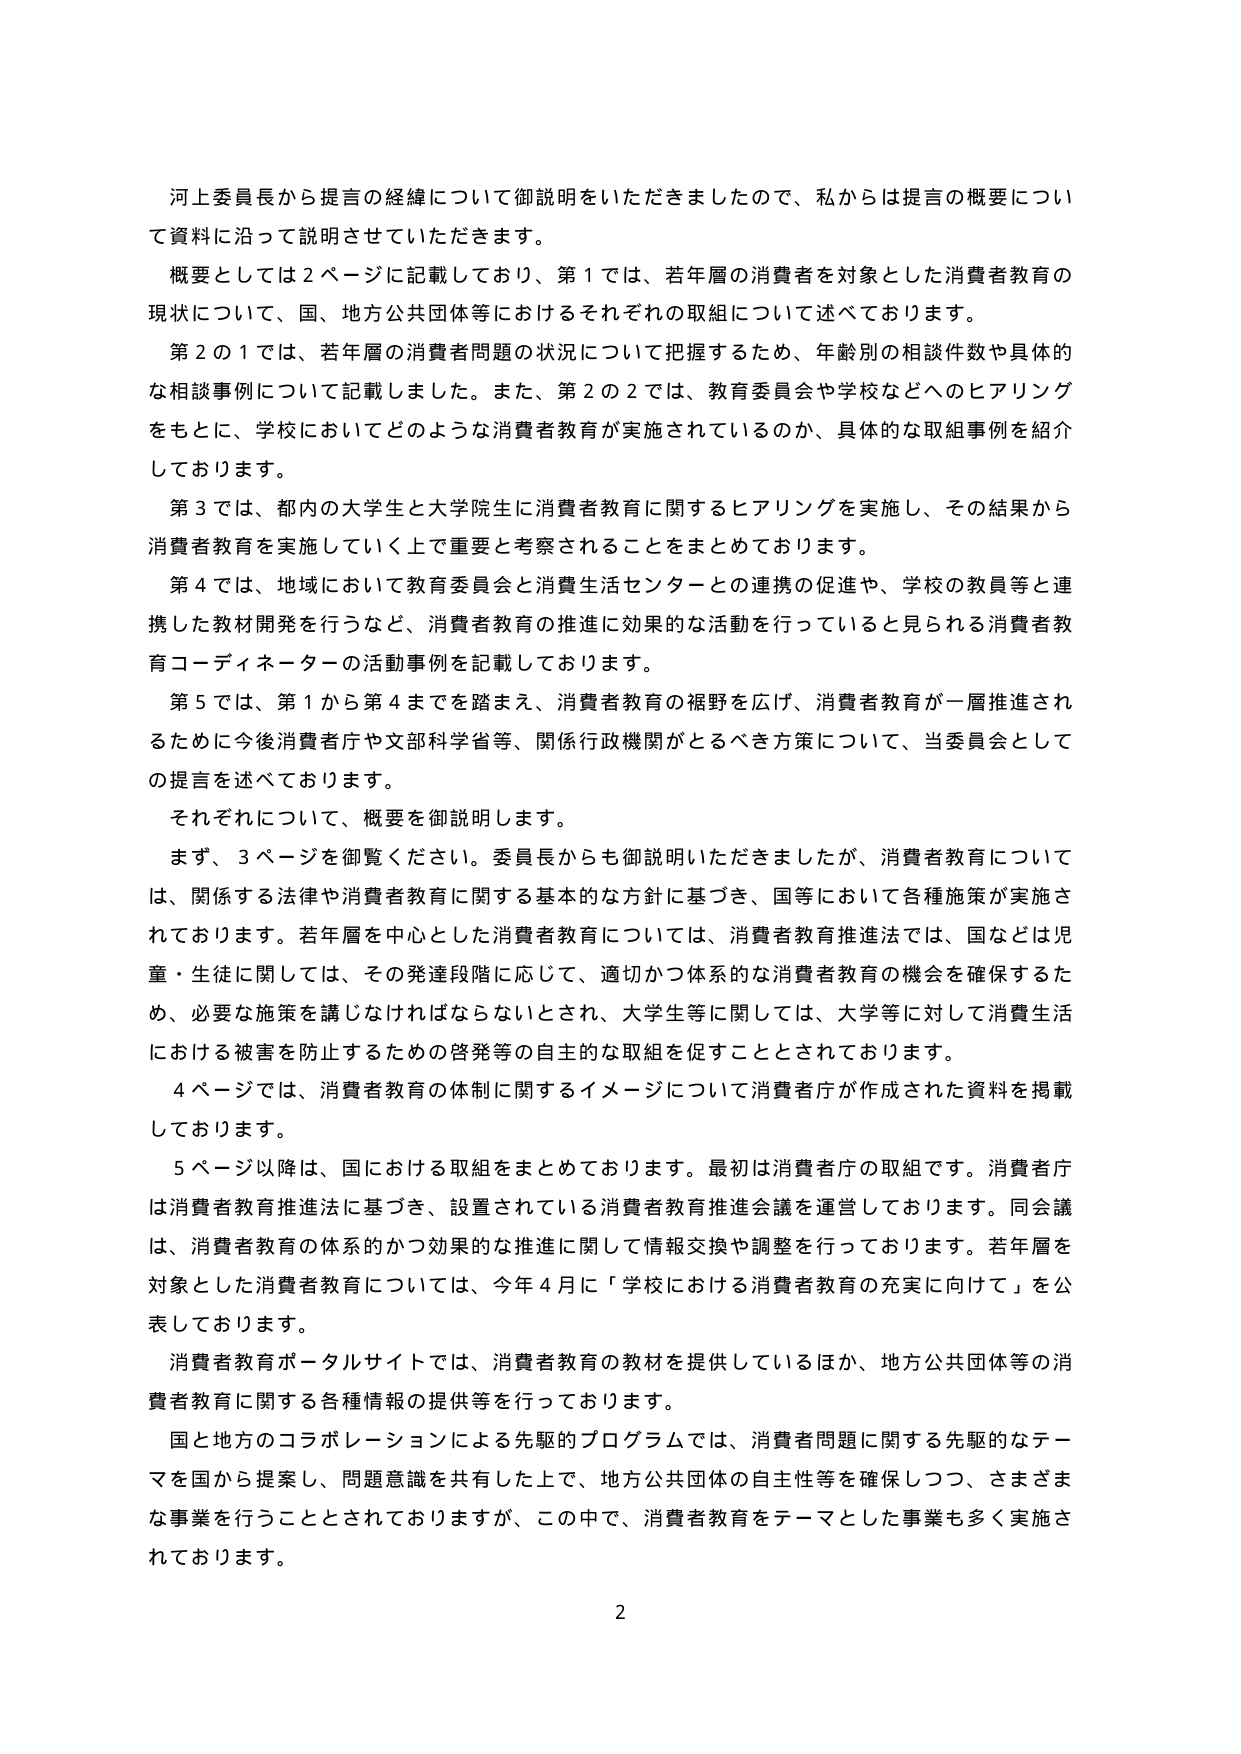
河上委員長から提言の経緯について御説明をいただきましたので、私からは提言の概要について資料に沿って説明させていただきます。

概要としては２ページに記載しており、第１では、若年層の消費者を対象とした消費者教育の現状について、国、地方公共団体等におけるそれぞれの取組について述べております。

第２の１では、若年層の消費者問題の状況について把握するため、年齢別の相談件数や具体的な相談事例について記載しました。また、第２の２では、教育委員会や学校などへのヒアリングをもとに、学校においてどのような消費者教育が実施されているのか、具体的な取組事例を紹介しております。

第３では、都内の大学生と大学院生に消費者教育に関するヒアリングを実施し、その結果から消費者教育を実施していく上で重要と考えられることをまとめております。

第４では、地域において教育委員会と消費生活センターとの連携の促進や、学校の教員等と連携した教材開発を行うなど、消費者教育の推進に効果的な活動を行っていると見られる消費者教育コーディネーターの活動事例を記載しております。

第５では、第１から第４までを踏まえ、消費者教育の裾野を広げ、消費者教育が一層推進されるために今後消費者庁や文部科学省等、関係行政機関がとるべき方策について、当委員会としての提言を述べております。

それぞれについて、概要を御説明します。

まず、３ページを御覧ください。委員長からも御説明いただきましたが、消費者教育については、関係する法律や消費者教育に関する基本的な方針に基づき、国等において各種施策が実施されております。若年層を中心とした消費者教育については、消費者教育推進法では、国などは児童・生徒に関しては、その発達段階に応じて、適切かつ体系的な消費者教育の機会を確保するため、必要な施策を講じなければならないとされ、大学生等に関しては、大学等に対して消費生活における被害を防止するための啓発等の自主的な取組を促すこととされております。

４ページでは、消費者教育の体制に関するイメージについて消費者庁が作成された資料を掲載しております。

５ページ以降は、国における取組をまとめております。最初は消費者庁の取組です。消費者庁は消費者教育推進法に基づき、設置されている消費者教育推進会議を運営しております。同会議は、消費者教育の体系的かつ効果的な推進に関して情報交換や調整を行っております。若年層を対象とした消費者教育については、今年４月に「学校における消費者教育の充実に向けて」を公表しております。

消費者教育ポータルサイトでは、消費者教育の教材を提供しているほか、地方公共団体等の消費者教育に関する各種情報の提供等を行っております。

国と地方のコラボレーションによる先駆的プログラムでは、消費者問題に関する先駆的なテーマを国から提案し、問題意識を共有した上で、地方公共団体の自主性等を確保しつつ、さまざまな事業を行うこととされておりますが、この中で、消費者教育をテーマとした事業も多く実施されております。

2